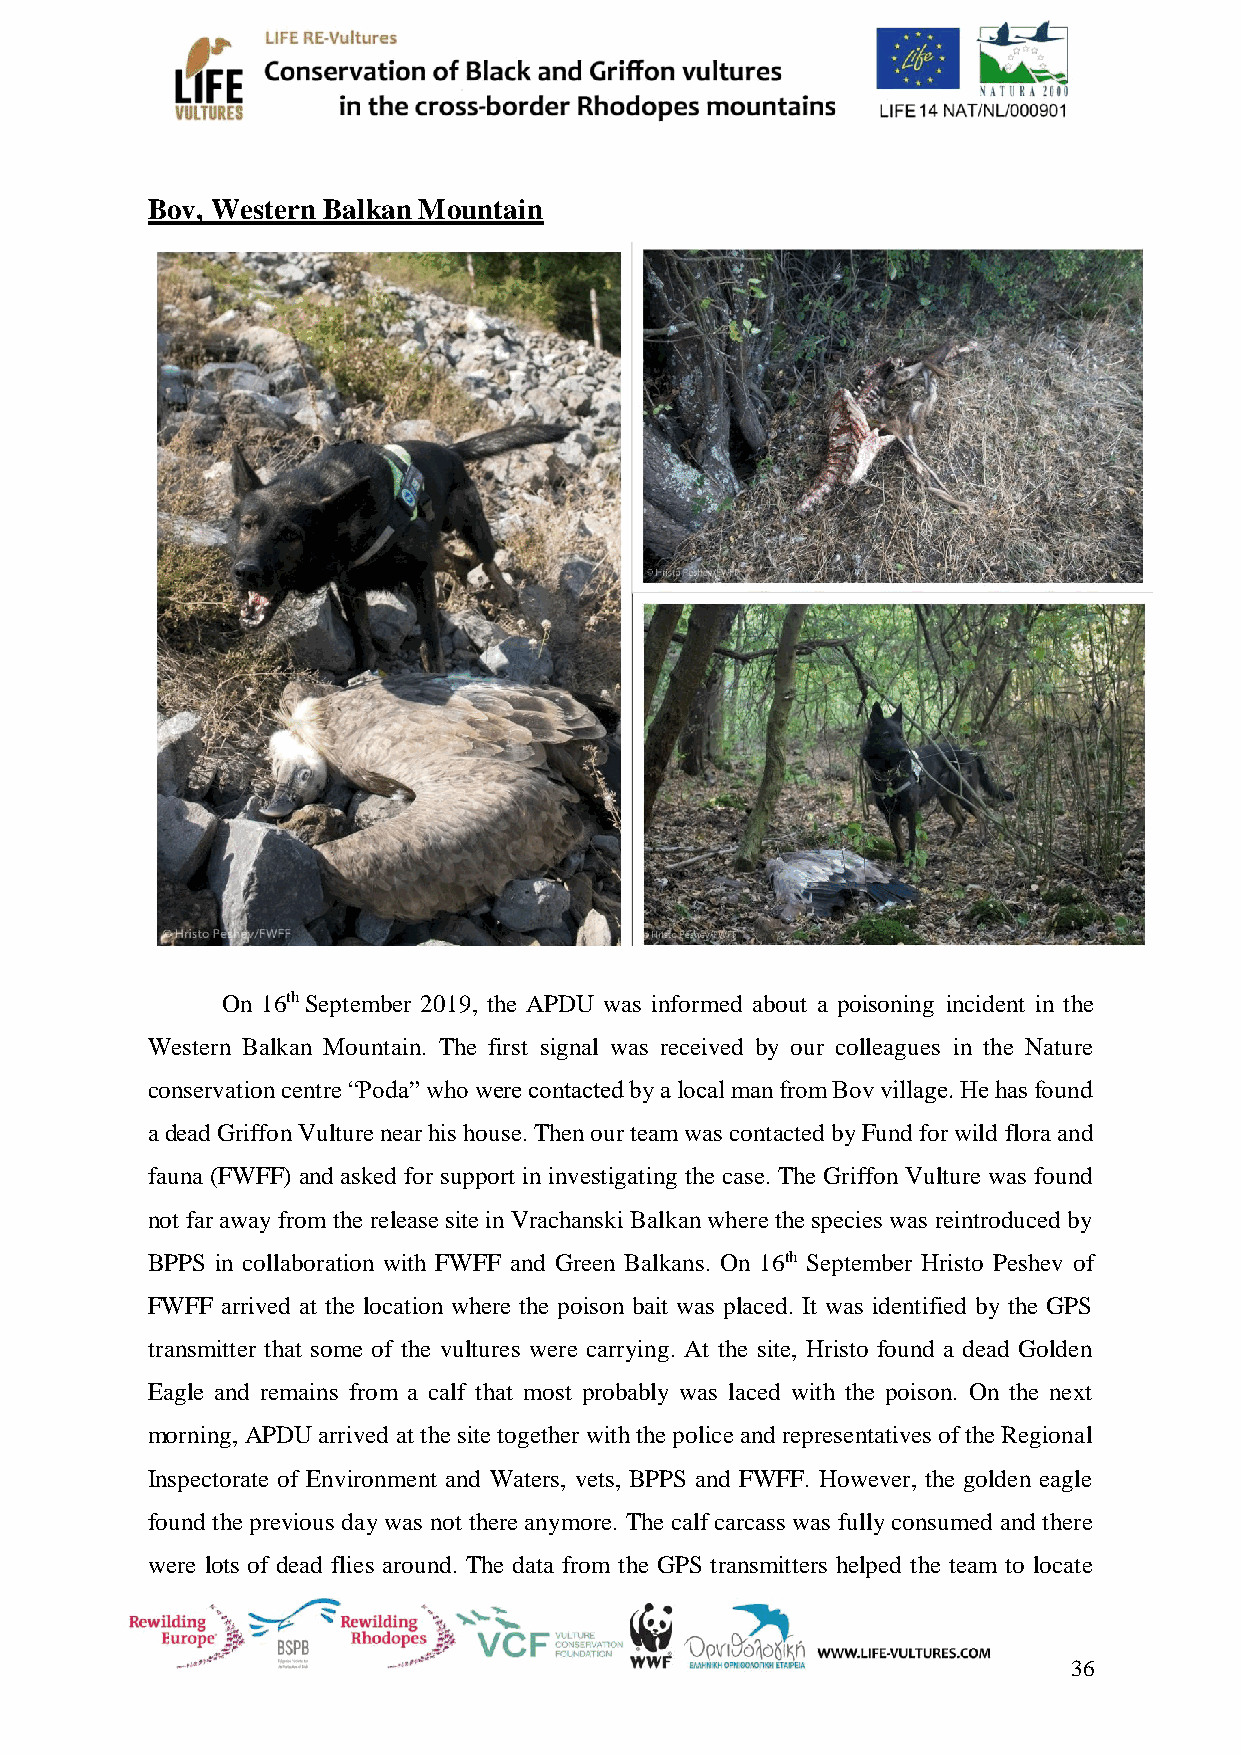
Bov, Western Balkan Mountain
 On 16th September 2019, the APDU was informed about a poisoning incident in the
 Western Balkan Mountain. The first signal was received by our colleagues in the Nature
 conservation centre “Poda” who were contacted by a local man from Bov village. He has found
 a dead Griffon Vulture near his house. Then our team was contacted by Fund for wild flora and
 fauna (FWFF) and asked for support in investigating the case. The Griffon Vulture was found
 not far away from the release site in Vrachanski Balkan where the species was reintroduced by
 BPPS in collaboration with FWFF and Green Balkans. On 16th September Hristo Peshev of
 FWFF arrived at the location where the poison bait was placed. It was identified by the GPS
 transmitter that some of the vultures were carrying. At the site, Hristo found a dead Golden
 Eagle and remains from a calf that most probably was laced with the poison. On the next
 morning, APDU arrived at the site together with the police and representatives of the Regional
 Inspectorate of Environment and Waters, vets, BPPS and FWFF. However, the golden eagle
 found the previous day was not there anymore. The calf carcass was fully consumed and there
 were lots of dead flies around. The data from the GPS transmitters helped the team to locate
 36